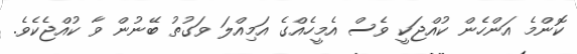
ކޮންމެ އަންހެން ކުއްޖަކީ ވެސް އެމީހެއްގެ އަމިއްލަ ވަގުތު ބޭނުން ވާ ކުއްޖެކެވެ.